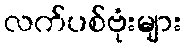
လက်ပစ်ဗုံးများ